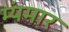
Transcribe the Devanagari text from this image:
म्यंमार